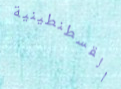
القسطنطينية